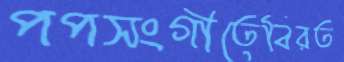
পপসংগীতেবিরত